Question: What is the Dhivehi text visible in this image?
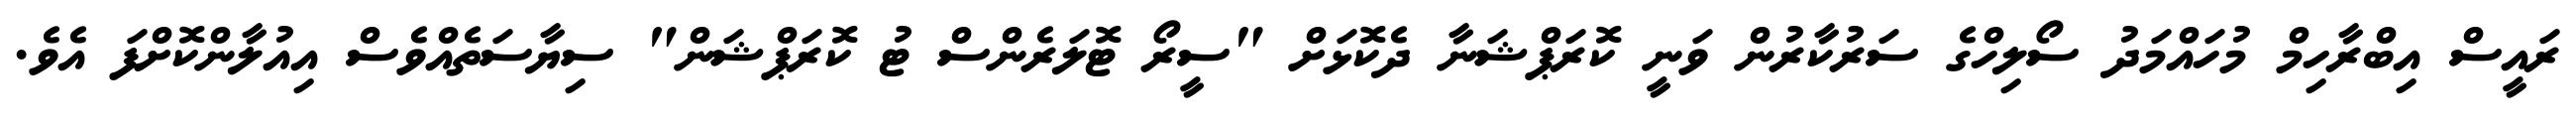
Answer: ރައީސް އިބްރާހިމް މުހައްމަދު ސޯލިހްގެ ސަރުކާރުން ވަނީ ކޮރަޕްޝަނާ ދެކޮޅަށް "ސީރޯ ޓޮލަރެންސް ޓު ކޮރަޕްޝަން" ސިޔާސަތެއްވެސް އިއުލާންކޮށްފަ އެވެ.